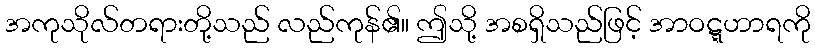
အကုသိုလ်တရားတို့သည် လည်ကုန်၏။ ဤသို့ အစရှိသည်ဖြင့် အာဝဋ္ဋဟာရကို